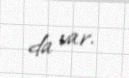
da var.